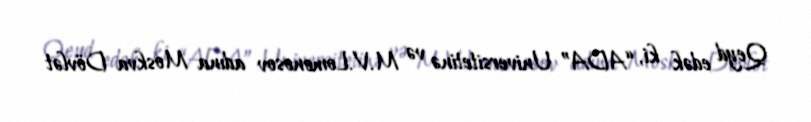
Qeyd edək ki, “ADA” Universitetinə və M.V.Lomonosov adına Moskva Dövlət